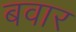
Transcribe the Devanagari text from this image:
बवार